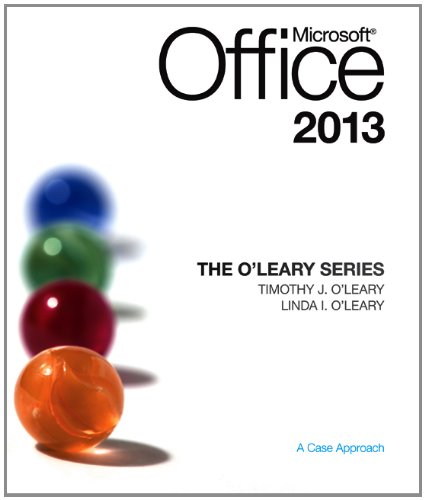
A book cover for The O'Leary Series: Microsoft Office 2013; Linda O'Leary; Computers & Technology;